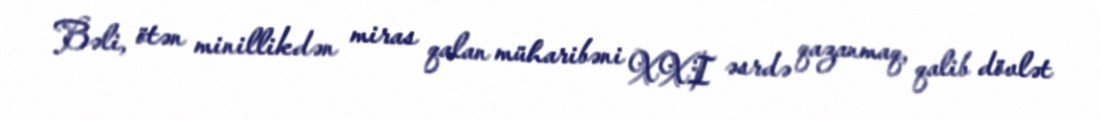
Bəli, ötən minillikdən miras qalan müharibəni XXI əsrdə qazanmaq, qalib dövlət